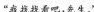
“我找找看吧，先生。”